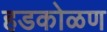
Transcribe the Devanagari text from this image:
हडकोळण